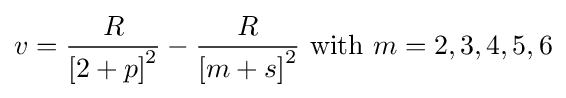
v={\frac {R}{\left[2+p\right]^{2}}}-{\frac {R}{\left[m+s\right]^{2}}}{\text{ with }}m=2,3,4,5,6